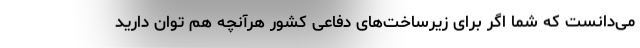
می‌دانست که شما اگر برای زیرساخت‌های دفاعی کشور هرآنچه هم توان دارید